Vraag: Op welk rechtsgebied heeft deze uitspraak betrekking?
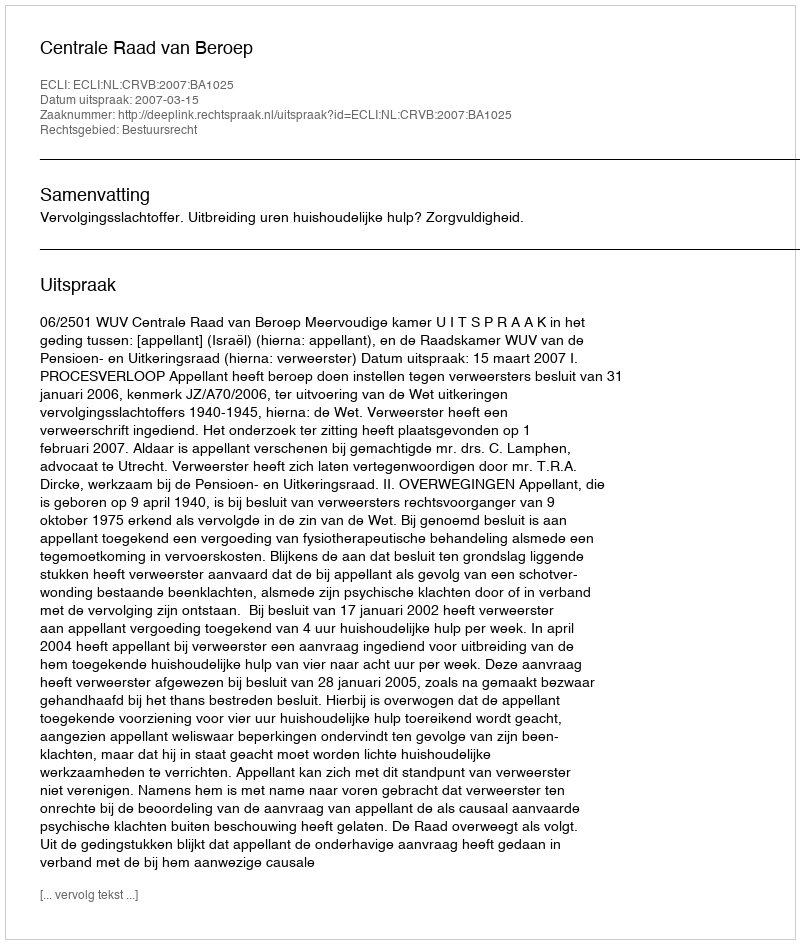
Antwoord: Bestuursrecht